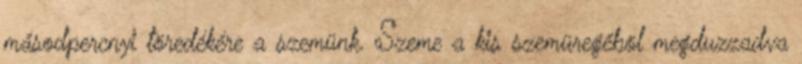
másodpercnyi töredékére a szemünk. Szeme a kis szemüregéböl megduzzadva